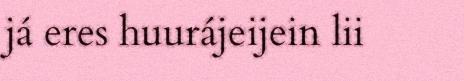
já eres huurájeijein lii